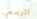
الرسمي